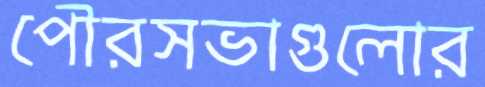
পৌরসভাগুলোর